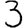
Digit: 3